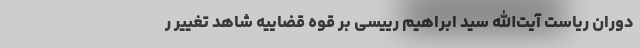
دوران ریاست آیت‌الله سید ابراهیم رییسی بر قوه قضاییه شاهد تغییر ر